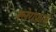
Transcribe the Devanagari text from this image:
क्लेरोफ़ार्म